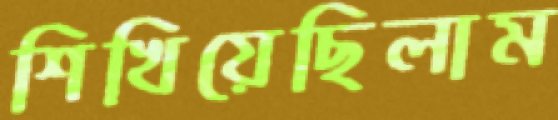
শিখিয়েছিলাম